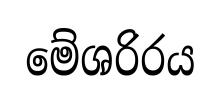
මේශරිරය